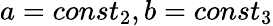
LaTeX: a=const_{2},b=const_{3}